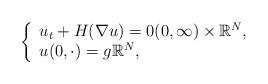
LaTeX: \begin{align*}\left\{ \begin{array}{l}u_{t}+H(\nabla u)=0(0,\infty )\times \Bbb{R}^{N}, \\ u(0,\cdot )=g\Bbb{R}^{N},\end{array}\right. \end{align*}